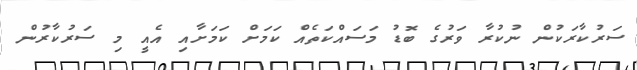
ސަރުކާރަކުން ނުކުރާ ވަރުގެ ބޮޑު މަސައްކަތެއް ކަމަށް ކަމަށާއި އެއީ މި ސަރުކާރުން